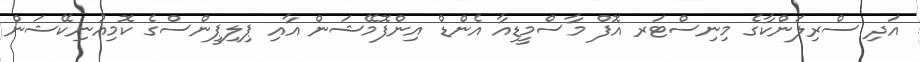
އަދި ސްރިލަންކާގެ މިނިސްޓަރ އޮފް މާސްމީޑިއާ އެންޑް އިންފޮމޭޝަން އާއި ޕިލިޕީންސްގެ ކޮމިއުނިކޭޝަން